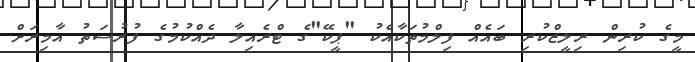
މީގެ ކުރިން ރިލީޒްކުރި ބައެއް ފިލްމުތަކާއެކު "ޕީކޭ"ގެ ޓްރެއިލާ ދެއްކުމުގެ ފުރުސަތު އާމިރަށް